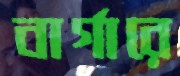
বার্গারে